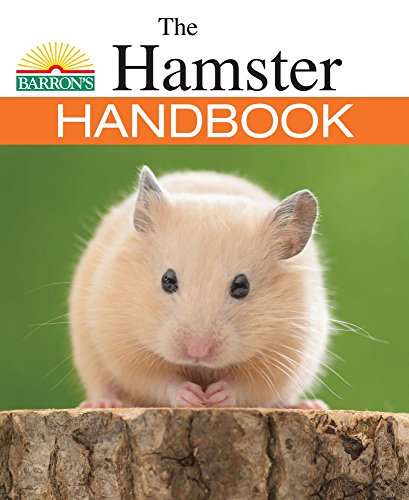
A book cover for The Hamster Handbook (Barron's Pet Handbooks); Patricia Bartlett; Crafts, Hobbies & Home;